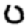
Digit: 0